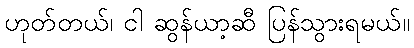
ဟုတ်တယ်၊ ငါ ဆွန်ယာ့ဆီ ပြန်သွားရမယ်။